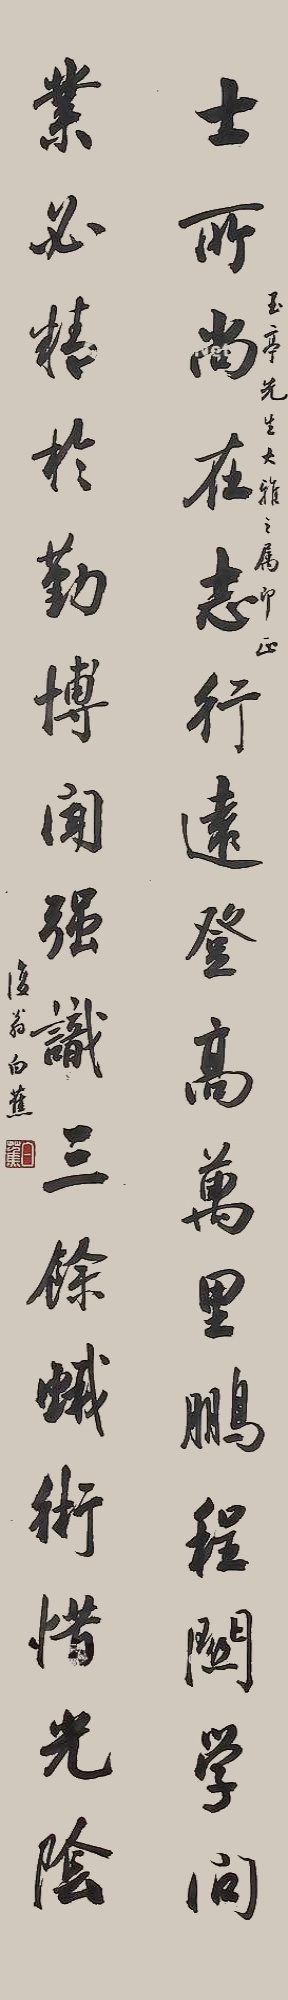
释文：士所尚在志，行远登高，万里鹏程关学问；业必精于勤，博闻强识，三余蛾术惜光阴。玉亭先生大雅之属即正，复翁白蕉。